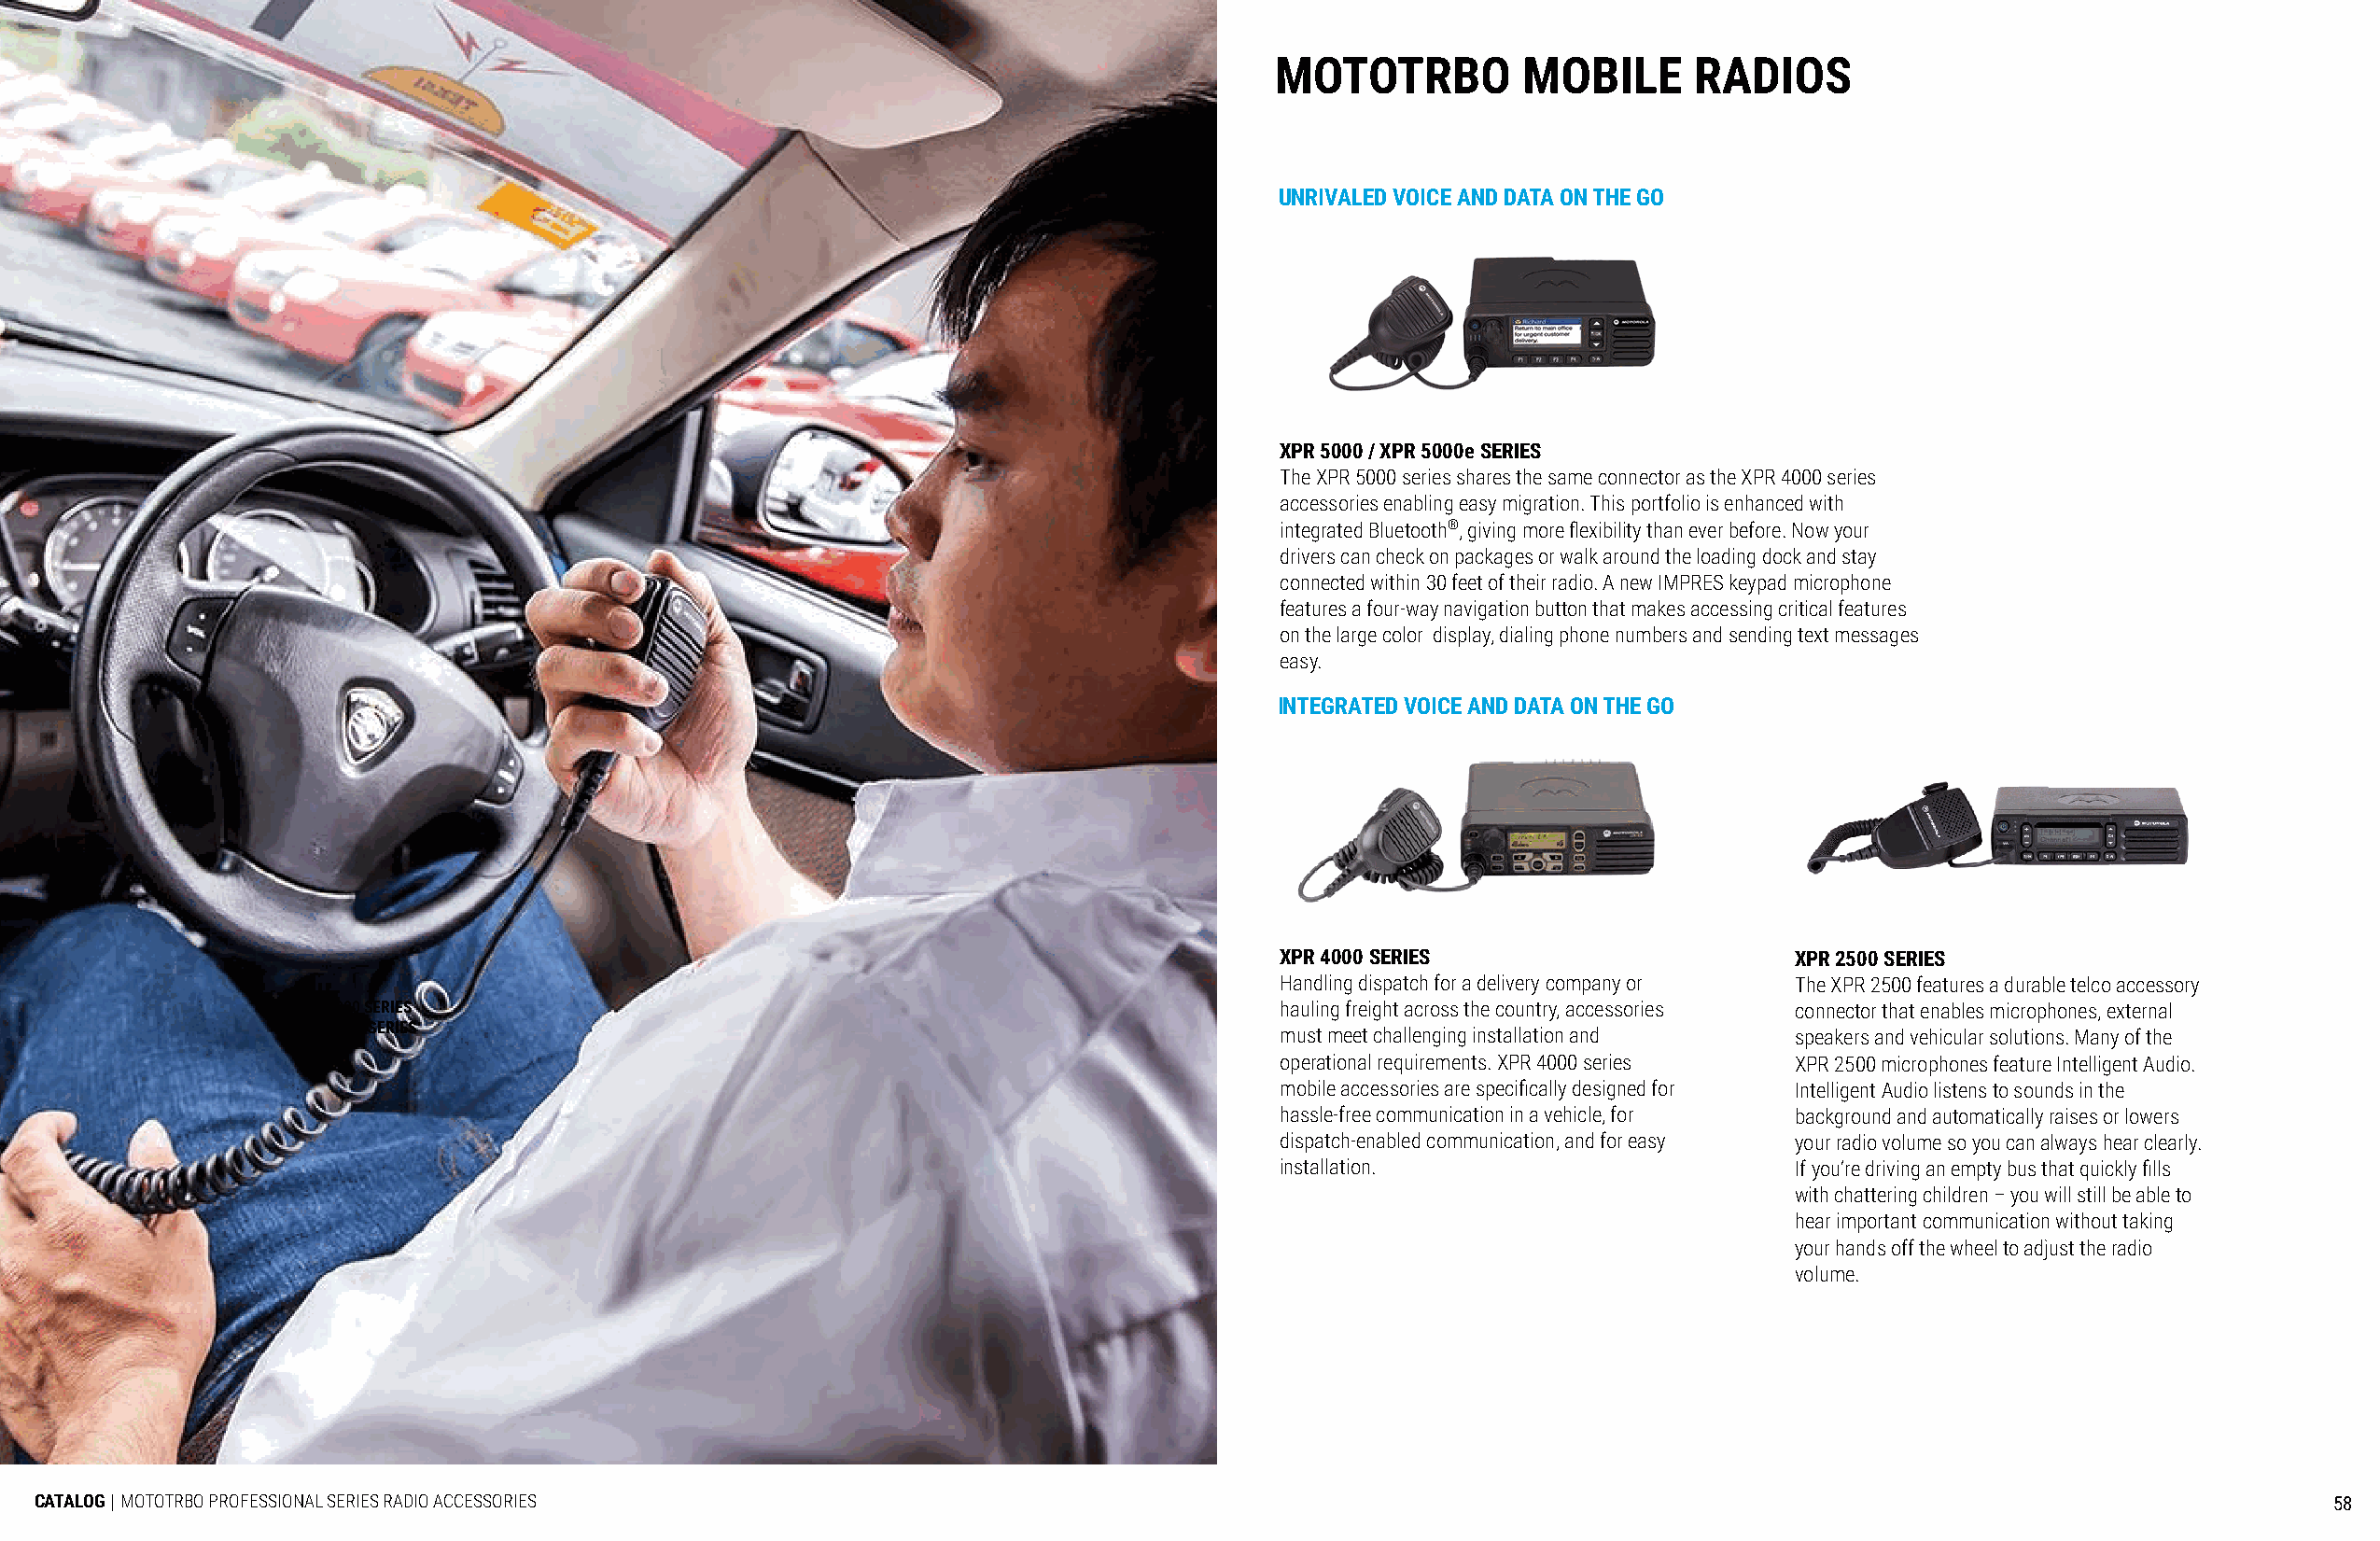
MOTOTRBO          MOBILE      RADIOS
 MOTOTRBO         PORTABLE         RADIO     ACCESSORIES
 UNRIVALED VOICE AND DATA ON THE GO
 XPR 5000 / XPR 5000e SERIES
 The XPR 5000 series shares the same connector as the XPR 4000 series
 accessories enabling easy migration. This portfolio is enhanced with
 integrated Bluetooth®, giving more flexibility than ever before. Now your
 drivers can check on packages or walk around the loading dock and stay
 connected within 30 feet of their radio. A new IMPRES keypad microphone
 features a four-way navigation button that makes accessing critical features
 on the large color display, dialing phone numbers and sending text messages
 easy.
 INTEGRATED VOICE AND DATA ON THE GO
 XPR 4000 SERIES                     XPR 2500 SERIES
 Handling dispatch for a delivery company or The XPR 2500 features a durable telco accessory
 XPR 5000 SERIES                                                       hauling freight across the country, accessories connector that enables microphones, external
 XPR 5000e SERIES
 must meet challenging installation and speakers and vehicular solutions. Many of the
 operational requirements. XPR 4000 series XPR 2500 microphones feature Intelligent Audio.
 mobile accessories are specifically designed for Intelligent Audio listens to sounds in the
 hassle-free communication in a vehicle, for background and automatically raises or lowers
 dispatch-enabled communication, and for easy your radio volume so you can always hear clearly.
 installation.                       If you’re driving an empty bus that quickly fills
 with chattering children – you will still be able to
 hear important communication without taking
 your hands off the wheel to adjust the radio
 volume.
 CATALOG | MOTOTRBO PROFESSIONAL SERIES RADIO ACCESSORIES                                                                                                            58